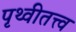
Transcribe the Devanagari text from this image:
पृथ्वीतत्त्व